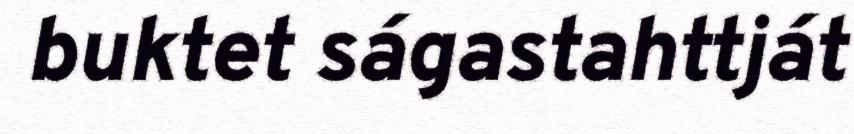
buktet ságastahttját